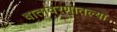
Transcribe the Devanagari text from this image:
वातावरणातल्या